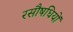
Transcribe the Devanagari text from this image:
रसौषधियों